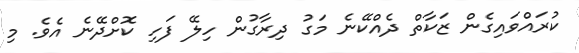
ކުރައްވައިގެން ޒަކާތް ދެއްކޭނެ މަގު ދިރާގުން ހިލޭ ފަހި ކޮށްދޭނެ އެވެ. މި